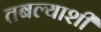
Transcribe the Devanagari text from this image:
तबल्याशी